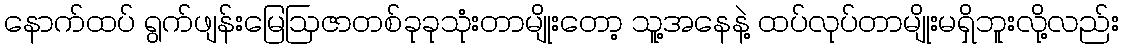
နောက်ထပ် ရွက်ဖျန်းမြေဩဇာတစ်ခုခုသုံးတာမျိုးတော့ သူ့အနေနဲ့ ထပ်လုပ်တာမျိုးမရှိဘူးလို့လည်း